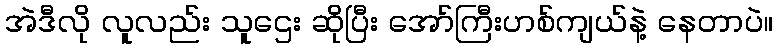
အဲဒီလို လူလည်း သူဌေး ဆိုပြီး အော်ကြီးဟစ်ကျယ်နဲ့ နေတာပဲ။